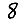
Digit: 8